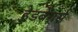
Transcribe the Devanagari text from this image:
हेडबेंगर्स